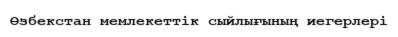
Өзбекстан мемлекеттік сыйлығының иегерлері